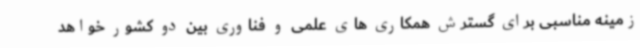
زمینه مناسبی برای گسترش همکاری های علمی و فناوری بین دو کشور خواهد